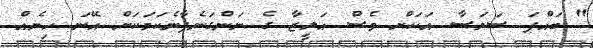
" ބައްޕަ ސަމަސާ އަކަށް ވެސް އަލީޒާ ގެ ނަންގަނެފާނެކަމަކަށް އޭނަ ހިޔެއް